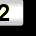
Digit: 2